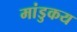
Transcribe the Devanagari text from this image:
मांडुकय